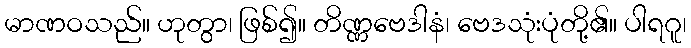
မာဏဝသည်။ ဟုတွာ၊ ဖြစ်၍။ တိဏ္ဏဗေဒါနံ၊ ဗေဒသုံးပုံတို့၏။ ပါရဂူ၊